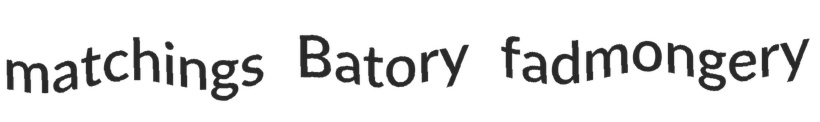
matchings Batory fadmongery